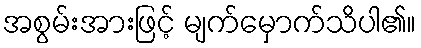
အစွမ်းအားဖြင့် မျက်မှောက်သိပါ၏။